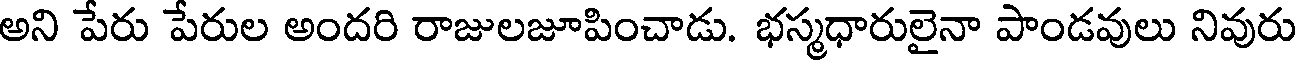
అని పేరు పేరుల అందరి రాజులజూపించాడు. భస్మధారులైనా పాండవులు నివురు